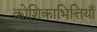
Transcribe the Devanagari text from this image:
कोशिकाभित्तियाँ